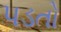
પડતો